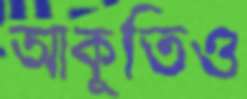
আকুতিও